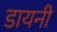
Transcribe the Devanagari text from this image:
डायनी